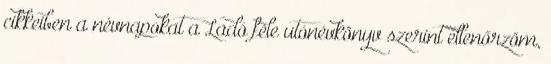
cikkeiben a névnapokat a Ladó féle utónévkönyv szerint ellenőrzöm,